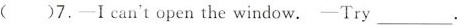
()7.— I cna't open the window. —Try ___.